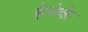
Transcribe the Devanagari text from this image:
हैनेके